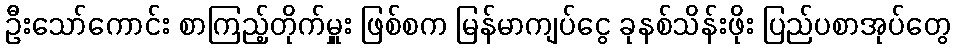
ဦးသော်ကောင်း စာကြည့်တိုက်မှူး ဖြစ်စက မြန်မာကျပ်ငွေ ခုနစ်သိန်းဖိုး ပြည်ပစာအုပ်တွေ